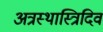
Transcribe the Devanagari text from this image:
अत्रस्थास्त्रिदिवं